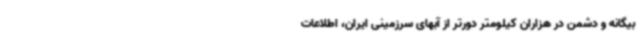
بیگانه و دشمن در هزاران کیلومتر دورتر از آبهای سرزمینی ایران، اطلاعات